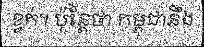
ខ្វក់។ ប៉ុន្តែថា កម្ពុជានឹង